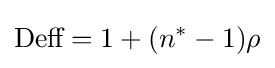
{\text{Deff}}=1+(n^{*}-1)\rho